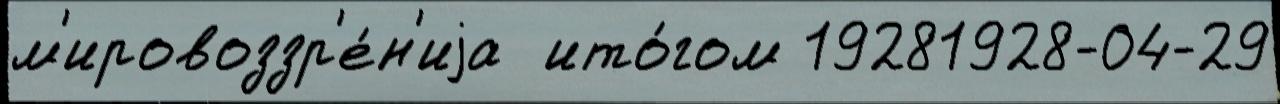
м'ировоззр'е́н'иjа  ито́гом 19281928-04-29